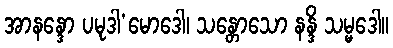
အာနန္ဒော ပမုဒါ’မောဒေါ၊ သန္တောသော နန္ဒိ သမ္မဒေါ။